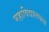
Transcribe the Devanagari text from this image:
महाविद्यालयला